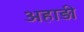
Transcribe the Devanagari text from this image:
अहाड़ी